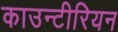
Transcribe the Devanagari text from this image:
काउन्टीरियन